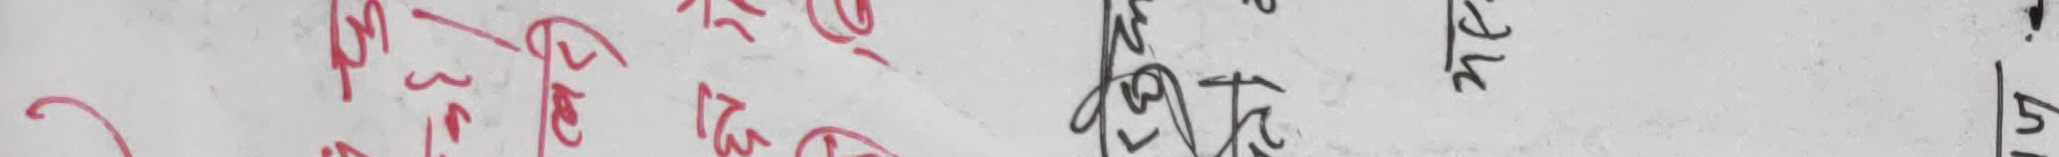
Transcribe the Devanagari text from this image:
पुनरुत्पादन